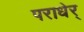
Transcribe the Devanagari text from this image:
पराधेर्